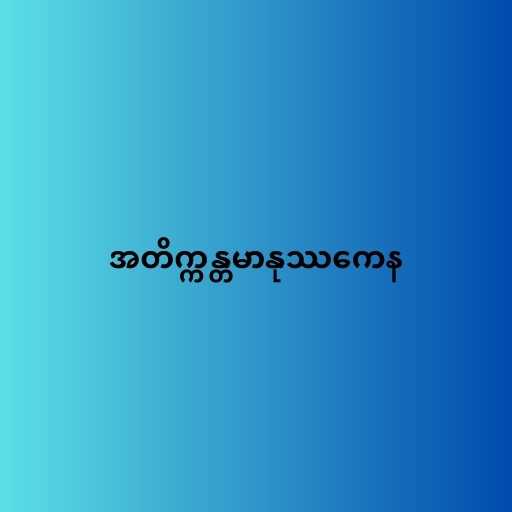
အတိက္ကန္တမာနုဿကေန